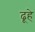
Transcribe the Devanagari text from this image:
ढूहे